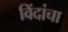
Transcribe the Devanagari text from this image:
विंदांचा